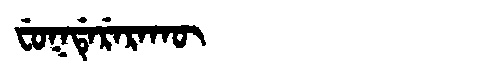
Manchu: ᠸᡠᡴᡩᡝᡵᡝᡵᠠᡴᡡ
Romanization: FUKDERERAKŪ